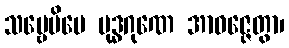
သဗ္ဗေပိမေ ဗုဒ္ဓဂုဏေ အာဝဇ္ဇေတွာ၊